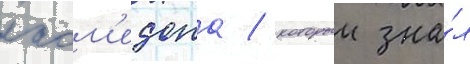
лаом'едона / которыи зна́л